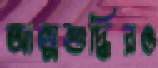
আত্মশুদ্ধিরও